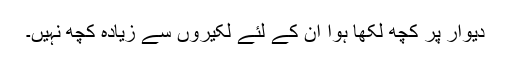
دیوار پر کچھ لکھا ہوا ان کے لئے لکیروں سے زیادہ کچھ نہیں۔